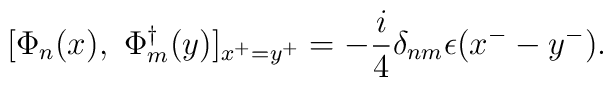
[\Phi_n(x),\ \Phi_m^{\dagger}(y)]_{x^+=y^+}=-\frac{i}{4}\delta_{nm}\epsilon (x^--y^-).